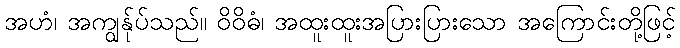
အဟံ၊ အကျွန်ုပ်သည်။ ဝိဝိဓံ၊ အထူးထူးအပြားပြားသော အကြောင်းတို့ဖြင့်